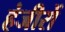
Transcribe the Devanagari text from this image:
हंजीरों